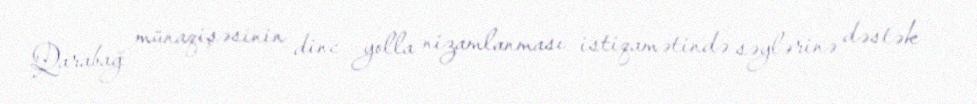
Qarabağ münaqişəsinin dinc yolla nizamlanması istiqamətində səylərinə dəstək